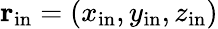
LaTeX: {\mathbf r}_{\mathrm{in}}=(x_{\mathrm{in}},y_{\mathrm{in}},z_{\mathrm{in}})